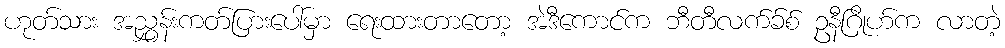
ဟုတ်သား အညွှန်းကတ်ပြားပေါ်မှာ ရေးထားတာတော့ အဲဒီကောင်က ဘီတီလက်ခ်စ် ဥနီဂြိုဟ်က လာတဲ့